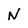
Character: N